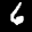
Label: 6